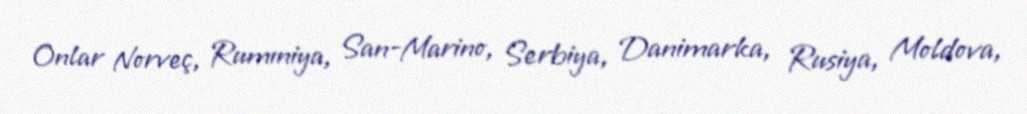
Onlar Norveç, Rumıniya, San-Marino, Serbiya, Danimarka, Rusiya, Moldova,